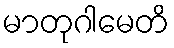
မာတုဂါမေတိ